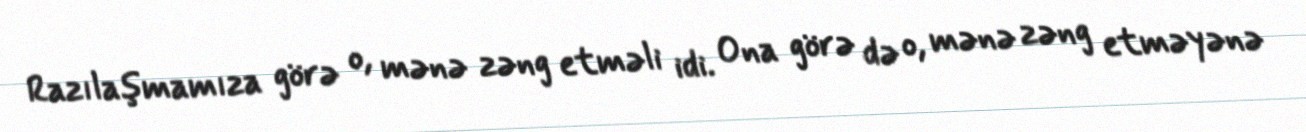
Razılaşmamıza görə o, mənə zəng etməli idi. Ona görə də o, mənə zəng etməyənə